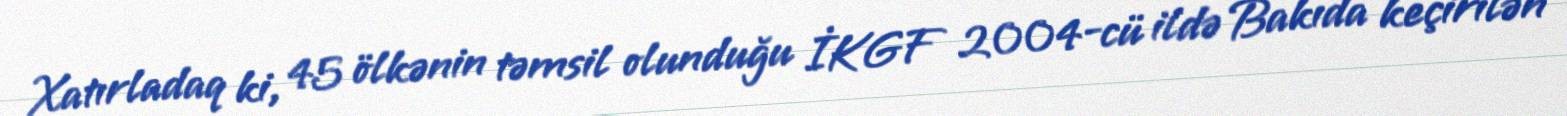
Xatırladaq ki, 45 ölkənin təmsil olunduğu İKGF 2004-cü ildə Bakıda keçirilən